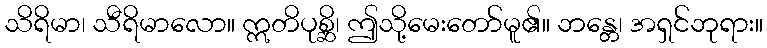
သိရိမာ၊ သီရိမာလော။ ဣတိပုစ္ဆိ၊ ဤသို့မေးတော်မူ၏။ ဘန္တေ၊ အရှင်ဘုရား။